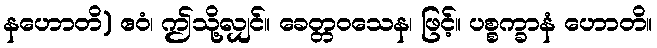
နဟောတိ) ဧဝံ၊ ဤသို့လျှင်။ ခေတ္တဝသေန၊ ဖြင့်။ ပစ္စက္ခာနံ ဟောတိ။